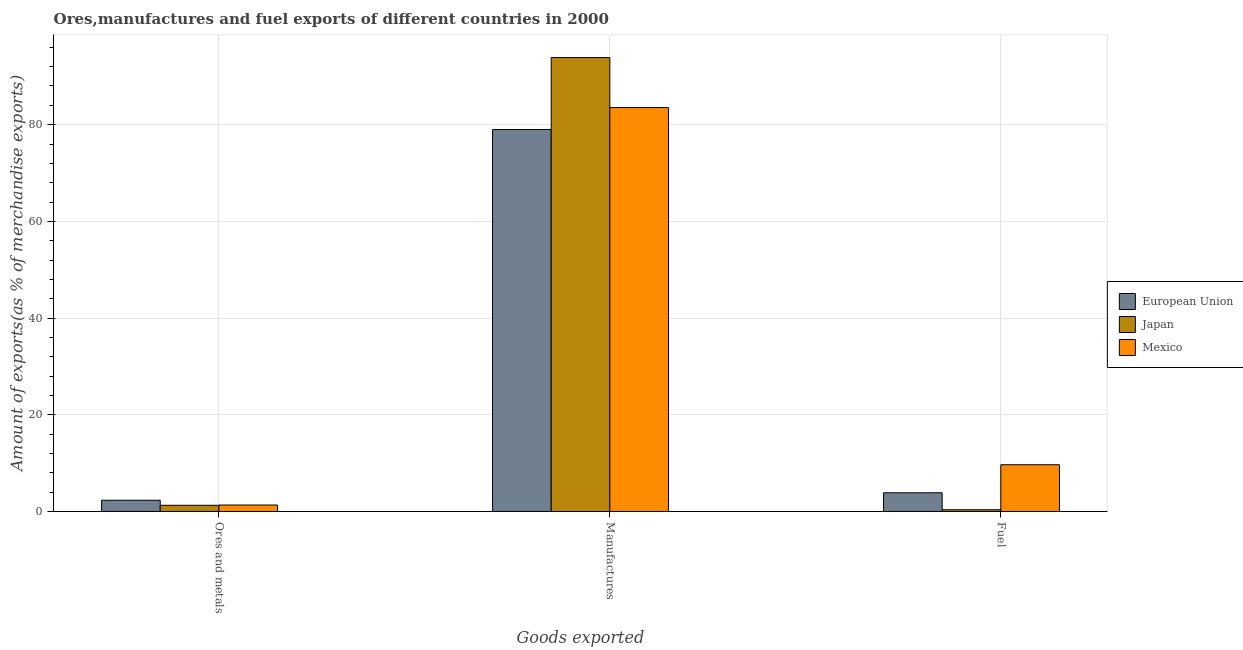
| Goods exported | European Union | Japan | Mexico |
 | --- | --- | --- | --- |
 | Ores and metals | 2.33 | 1.28 | 1.33 |
 | Manufactures | 79 | 93.9 | 83.5 |
 | Fuel | 3.87 | 0.363 | 9.67 |